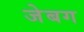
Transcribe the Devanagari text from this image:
जेबग